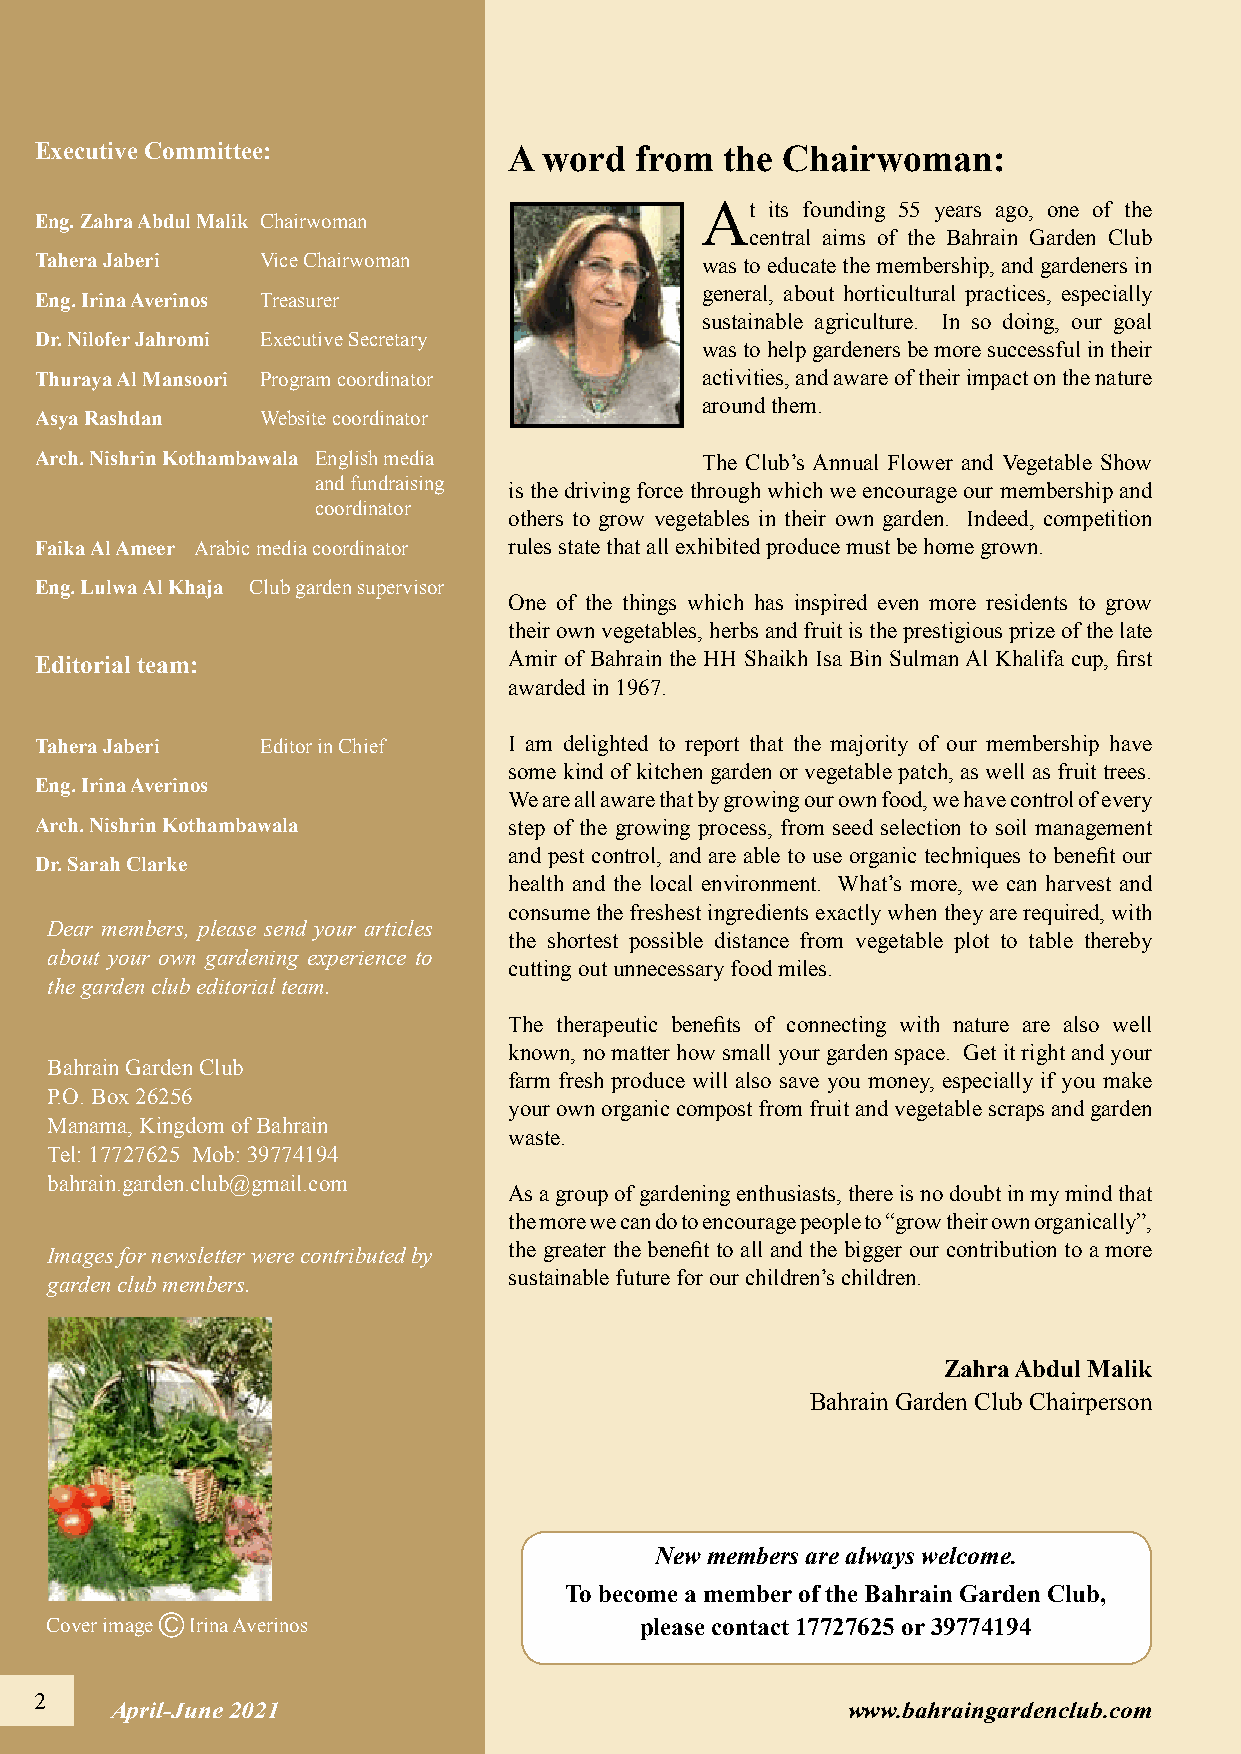
Executive Committee:            A word  from  the Chairwoman:
 At   its founding 55 years ago, one of the
 Eng. Zahra Abdul Malik Chairwoman
 central aims of the Bahrain Garden Club
 Tahera Jaberi  Vice Chairwoman              was to educate the membership, and gardeners in
 general, about horticultural practices, especially
 Eng. Irina Averinos Treasurer
 sustainable agriculture. In so doing, our goal
 Dr. Nilofer Jahromi Executive Secretary
 was to help gardeners be more successful in their
 Thuraya Al Mansoori Program coordinator     activities, and aware of their impact on the nature
 around them.
 Asya Rashdan   Website coordinator
 Arch. Nishrin Kothambawala English media    The Club’s Annual Flower and Vegetable Show
 and fundraising is the driving force through which we encourage our membership and
 coordinator
 others to grow vegetables in their own garden. Indeed, competition
 Faika Al Ameer Arabic media coordinator rules state that all exhibited produce must be home grown.
 Eng. Lulwa Al Khaja Club garden supervisor
 One of the things which has inspired even more residents to grow
 their own vegetables, herbs and fruit is the prestigious prize of the late
 Editorial team:                 Amir of Bahrain the HH Shaikh Isa Bin Sulman Al Khalifa cup, first
 awarded in 1967.
 Tahera Jaberi  Editor in Chief  I am delighted to report that the majority of our membership have
 some kind of kitchen garden or vegetable patch, as well as fruit trees.
 Eng. Irina Averinos
 We are all aware that by growing our own food, we have control of every
 Arch. Nishrin Kothambawala      step of the growing process, from seed selection to soil management
 and pest control, and are able to use organic techniques to benefit our
 Dr. Sarah Clarke
 health and the local environment. What’s more, we can harvest and
 consume the freshest ingredients exactly when they are required, with
 Dear members, please send your articles
 the shortest possible distance from vegetable plot to table thereby
 about your own gardening experience to
 cutting out unnecessary food miles.
 the garden club editorial team.
 The therapeutic benefits of connecting with nature are also well
 known, no matter how small your garden space. Get it right and your
 Bahrain Garden Club
 farm fresh produce will also save you money, especially if you make
 P.O. Box 26256
 your own organic compost from fruit and vegetable scraps and garden
 Manama, Kingdom of Bahrain
 waste.
 Tel: 17727625 Mob: 39774194
 bahrain.garden.club@gmail.com
 As a group of gardening enthusiasts, there is no doubt in my mind that
 the more we can do to encourage people to “grow their own organically”,
 Images for newsletter were contributed by the greater the benefit to all and the bigger our contribution to a more
 sustainable future for our children’s children.
 garden club members.
 Zahra Abdul Malik
 Bahrain Garden Club Chairperson
 New members are always welcome.
 To become a member of the Bahrain Garden Club,
 Cover image C Irina Averinos           please contact 17727625 or 39774194
 22
 AApprriill--JJuunnee 22002211                    www.bahraingardenclub.com